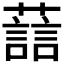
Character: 𫊂